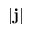
| \bf j |